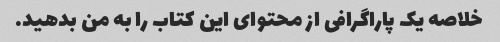
خلاصه یک پاراگرافی از محتوای این کتاب را به من بدهید.